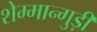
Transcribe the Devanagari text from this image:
शेम्मान्गुड़ी